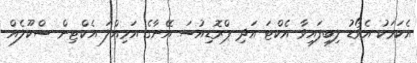
އެކަމަކު އެވޯޑު ލިބިފައިވާ އެކްޓަ އަދި ޕްރޮޑިއުސަ އޭނާގެ އަމިއްލަ އެކްޓިން ސްކޫލެއް